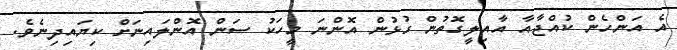
އެ އަންހެން ކުއްޖާއާ އާއިލީގޮތުން ގުޅުން އޮންނަ މީހަކު ސަން އޮންލައިނަށް ކިޔައިދިނެވެ.